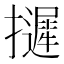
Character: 𢹌